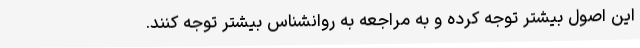
این اصول بیشتر توجه کرده و به مراجعه به روانشناس بیشتر توجه کنند.